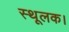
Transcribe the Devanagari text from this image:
स्थूलक।